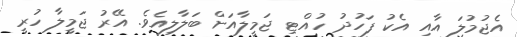
އެޖުމުލަ އާއި އެކު ފަހުދު ހުއްޓި ޖަމީލާއަށް ބަލާލިއެވެ. އޭރު ޖަމީލާ ހުރީ